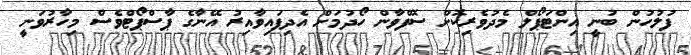
ފުލުހުން ބުނީ އިންޓަޕޯލް މެދުވެރިކޮށް ސޮފްވާން ހޯދުމަށް އެދިފައިވާއިރު އޭނާގެ ޕާސްޕޯޓްވެސް މިހާރުވަނީ